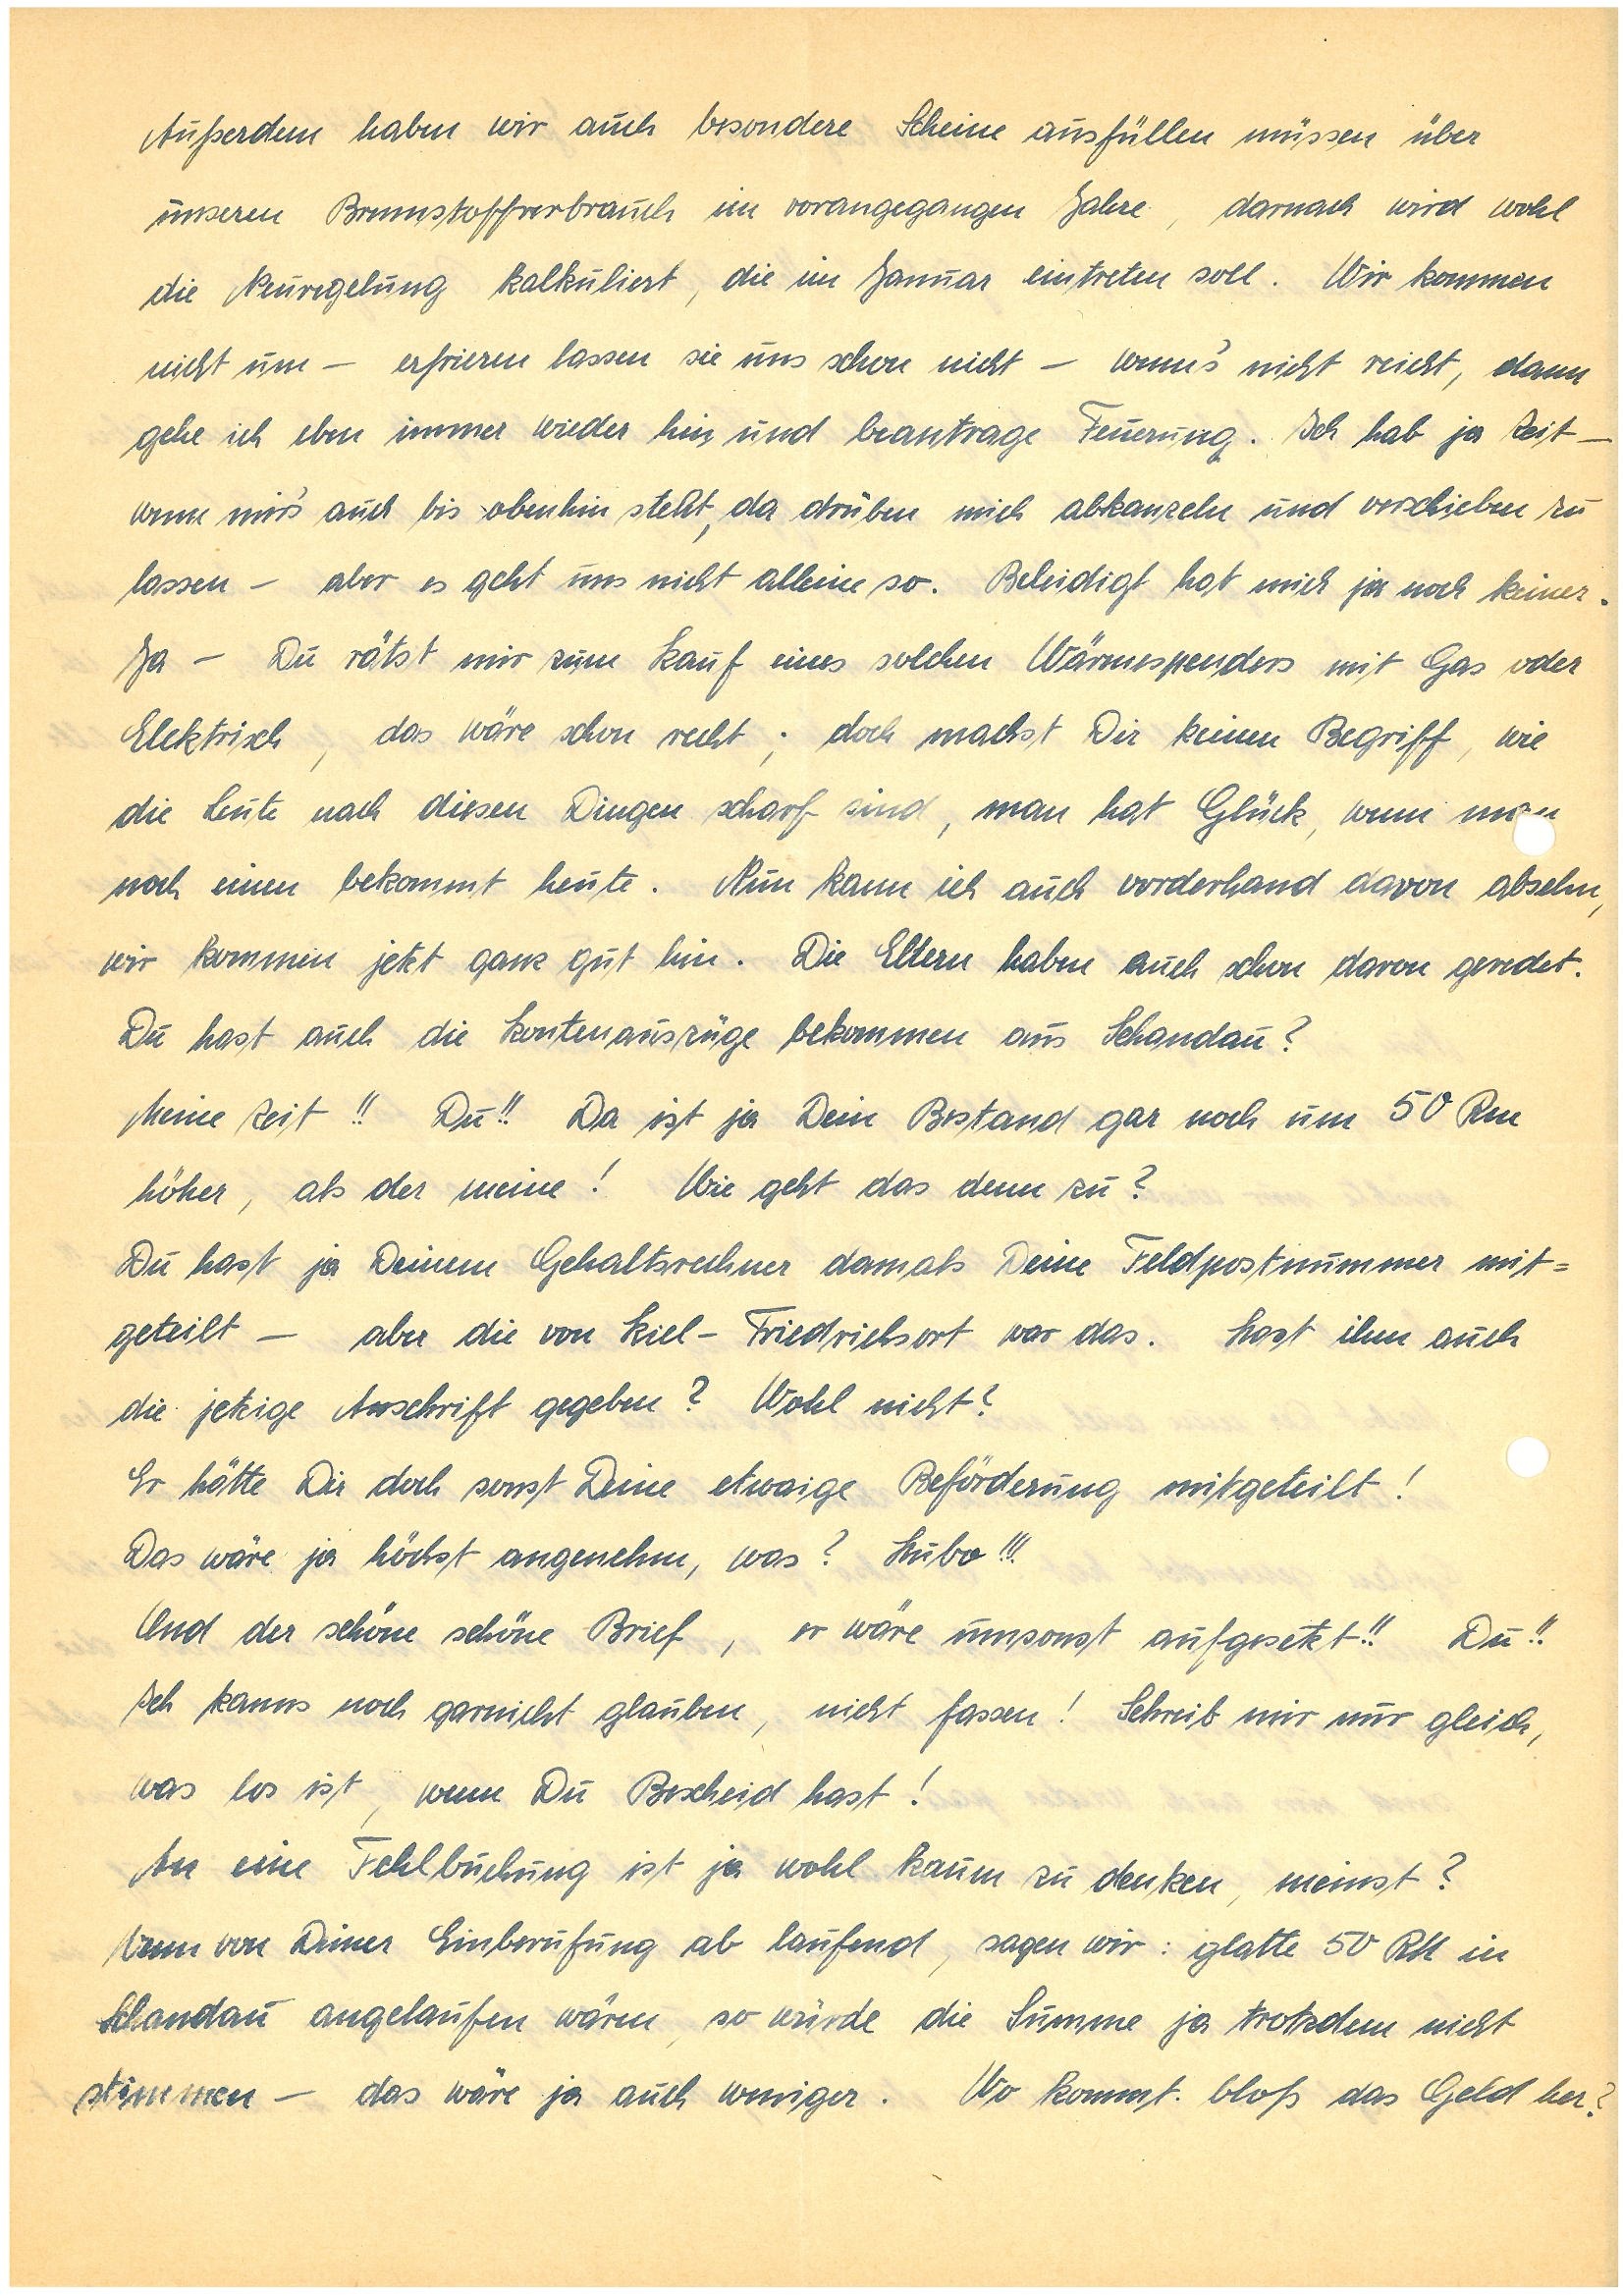
Außerdem haben wir auch besondere Scheine ausfüllen müssen über
unseren Brennstoffverbrauch im vorangegangen Jahre, darnach wird wohl
die Neuregelung kalkuliert, die im Januar eintreten soll. Wir kommen
nicht um – erfrieren lassen sie uns schon nicht – wenn’s nicht reicht, dann
gehe ich eben immer hin und beantrage Feuerung. Ich hab ja Zeit –
wenn mir’s auch bis obenhin steht, da drüben mich abkanzeln und verschieben zu
lassen – aber es geht uns nicht allein so. Beleidigt hat mich ja noch keiner.
Ja – Du rätst mir zum Kauf eines solchen Wärmespenders mit Gas oder
Elektrisch, das wäre schon recht; doch machst Dir keinen Begriff, wie
die Leute nach diesen Dingen scharf sind, man hat Glück, wenn m
noch einen bekommt heute. Nun kann ich auch vorderhand davon absehn,
wir kommen jetzt ganz gut hin. Die Eltern haben auch schon davon geredet.
Du hast doch die Kontoauszüge bekommen aus Sch.?
Meine Zeit!! Du!! Da ist ja Dein Bestand gar noch um 50 Rm
höher, als der meine! Wie geht denn das zu?
Du hast ja Deinem Gehaltsrechner damals Deine Feldpostnummer mit¬
geteilt – aber die von Kiel-F. war das. Hast ihm auch
die letzte Anschrift gegeben? Wohl nicht?
Er hätte Dir doch sonst Deine etwaige Beförderung mitgeteilt!
Das wäre ja höchst angenehm, was? Hubo!!!
Und der schöne Brief, er wäre umsonst aufgesetzt!! Du!!
Ich kanns noch garnicht glauben, nicht fassen! Schreib mir nur gleich,
was los ist, wenn Du Bescheid hast!
An eine Fehlbuchung ist ja wohl kaum zu denken, meinst?
Wenn von Deiner Einberufung ab laufend, sagen wir: glatte 50 RM in
Sch. angelaufen wären, so würde die Summe ja trotzdem nicht
stimmen – das wäre ja auch weniger. Wo kommt bloß das Geld her?